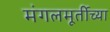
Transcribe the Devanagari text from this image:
मंगलमूर्तीच्या